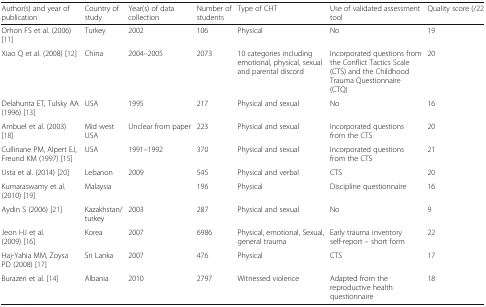
<table><thead><tr><td><b>Author(s) and year of publication</b></td><td><b>Country of study</b></td><td><b>Year(s) of data collection</b></td><td><b>Number of students</b></td><td><b>Type of CHT</b></td><td><b>Use of validated assessment tool</b></td><td><b>Quality score (/22</b></td></tr></thead><tbody><tr><td>Orhon FS et al. (2006) [11]</td><td>Turkey</td><td>2002</td><td>106</td><td>Physical</td><td>No</td><td>19</td></tr><tr><td>Xiao Q et al. (2008) [12]</td><td>China</td><td>2004–2005</td><td>2073</td><td>10 categories including emotional, physical, sexual and parental discord</td><td>Incorporated questions from the Conflict Tactics Scale (CTS) and the Childhood Trauma Questionnaire (CTQ)</td><td>20</td></tr><tr><td>Delahunta ET, Tulsky AA (1996) [13]</td><td>USA</td><td>1995</td><td>217</td><td>Physical and sexual</td><td>No</td><td>16</td></tr><tr><td>Ambuel et al. (2003) [18]</td><td>Mid west USA</td><td>Unclear from paper</td><td>223</td><td>Physical and sexual</td><td>Incorporated questions from the CTS</td><td>20</td></tr><tr><td>Cullinane PM, Alpert EJ, Freund KM (1997) [15]</td><td>USA</td><td>1991–1992</td><td>370</td><td>Physical and sexual</td><td>Incorporated questions from the CTS</td><td>21</td></tr><tr><td>Usta et al. (2014) [20]</td><td>Lebanon</td><td>2009</td><td>545</td><td>Physical and verbal</td><td>CTS</td><td>20</td></tr><tr><td>Kumaraswamy et al. (2010) [19]</td><td>Malaysia</td><td></td><td>196</td><td>Physical</td><td>Discipline questionnaire</td><td>16</td></tr><tr><td>Aydin S (2006) [21]</td><td>Kazakhstan/turkey</td><td>2003</td><td>287</td><td>Physical and sexual</td><td>No</td><td>9</td></tr><tr><td>Jeon HJ et al. (2009) [16]</td><td>Korea</td><td>2007</td><td>6986</td><td>Physical, emotional, Sexual, general trauma</td><td>Early trauma inventory self-report – short form</td><td>22</td></tr><tr><td>Haj-Yahia MM, Zoysa PD (2008) [17]</td><td>Sri Lanka</td><td>2007</td><td>476</td><td>Physical</td><td>CTS</td><td>17</td></tr><tr><td>Burazeri et al. [14]</td><td>Albania</td><td>2010</td><td>2797</td><td>Witnessed violence</td><td>Adapted from the reproductive health questionnaire</td><td>18</td></tr></tbody></table>